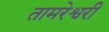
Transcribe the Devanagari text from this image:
तामरेश्वरी